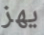
يهز